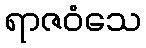
ရာဇဝံသေ